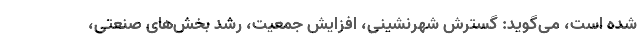
شده است، می‌گوید: گسترش شهرنشینی، افزایش جمعیت، رشد بخش‌های صنعتی،